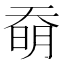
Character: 奣